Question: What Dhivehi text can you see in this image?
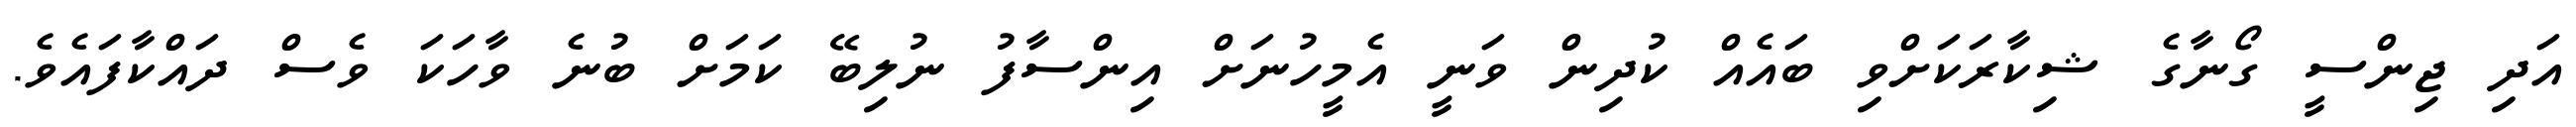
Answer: އަދި ޖިންސީ ގޯނާގެ ޝިކާރަކަށްވި ބައެއް ކުދިން ވަނީ އެމީހުނަށް އިންސާފު ނުލިބޭ ކަމަށް ބުނެ ވާހަކަ ވެސް ދައްކާފައެވެ.